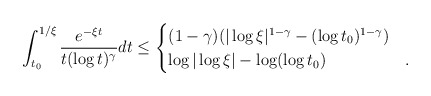
\begin{align*}\int^{1/\xi }_{t_0}\frac{e^{-\xi t }}{t(\log t)^\gamma} dt & \leq\begin{cases}(1-\gamma) (|\log \xi |^{1-\gamma} - (\log t_0)^{1-\gamma}) & \\\log|\log \xi | - \log (\log t_0) & .\end{cases}\end{align*}